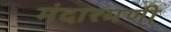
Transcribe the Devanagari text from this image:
मंदारमणी